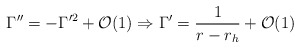
\begin{align*}\Gamma''= -\Gamma'^2 + {\cal{O}}(1) \Rightarrow \Gamma'=\frac{1}{r-r_h} + {\cal{O}}(1)\end{align*}